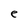
Character: e